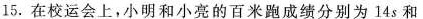
15.在校运会上，小明和小亮的百米跑成绩分别为14s